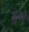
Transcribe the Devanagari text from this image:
जुजने